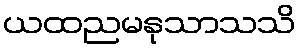
ယထညမနုသာသသိ